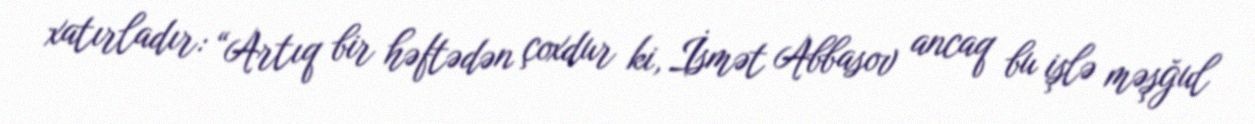
xatırladır: “Artıq bir həftədən çoxdur ki, İsmət Abbasov ancaq bu işlə məşğul